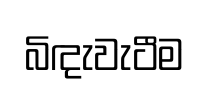
බිඳැවැටීම